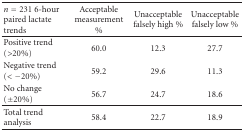
<table><thead><tr><td><b><i>n</i> = 2316-hour paired lactate trends</b></td><td><b>Acceptablemeasurement%</b></td><td><b>Unacceptable falsely high%</b></td><td><b>Unacceptable falsely low%</b></td></tr></thead><tbody><tr><td>Positive trend (&gt;20%)</td><td>60.0</td><td>12.3</td><td>27.7</td></tr><tr><td>Negative trend (&lt; −20%)</td><td>59.2</td><td>29.6</td><td>11.3</td></tr><tr><td>No change (±20%)</td><td>56.7</td><td>24.7</td><td>18.6</td></tr><tr><td>Total trend analysis</td><td>58.4</td><td>22.7</td><td>18.9</td></tr></tbody></table>